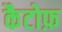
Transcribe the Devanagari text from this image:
कैटोफ़